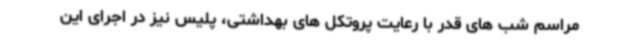
مراسم شب های قدر با رعایت پروتکل های بهداشتی، پلیس نیز در اجرای این